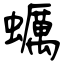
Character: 蠣